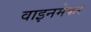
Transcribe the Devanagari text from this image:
वाइनमेकर